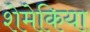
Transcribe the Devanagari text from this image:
शेमेकिया